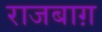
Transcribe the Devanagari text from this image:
राजबाग़